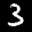
Label: 3